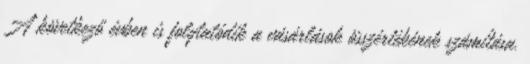
A következő évben is folytatódik a vásárlások összértékének számítása.